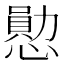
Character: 𪬩